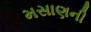
મસાણની